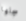
سجلها